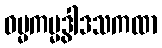
ဓမ္မကမ္မဒွါဒသကထာ